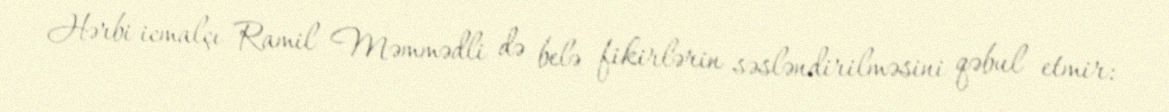
Hərbi icmalçı Ramil Məmmədli də belə fikirlərin səsləndirilməsini qəbul etmir: